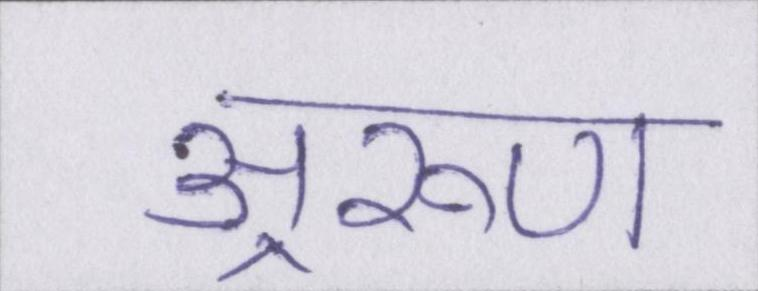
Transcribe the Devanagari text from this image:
अ्ररूण